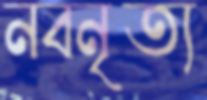
নবনৃত্য